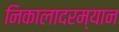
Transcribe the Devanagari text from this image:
निकालादरम्यान